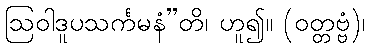
ဩဝါဒူပသင်္ကမနံ”တိ၊ ဟူ၍။ (ဝတ္တဗ္ဗံ)၊